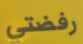
رفضتي